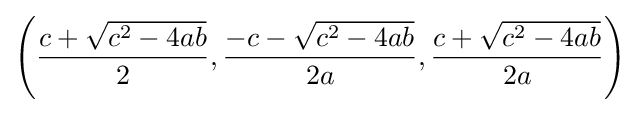
\left({\frac {c+{\sqrt {c^{2}-4ab}}}{2}},{\frac {-c-{\sqrt {c^{2}-4ab}}}{2a}},{\frac {c+{\sqrt {c^{2}-4ab}}}{2a}}\right)